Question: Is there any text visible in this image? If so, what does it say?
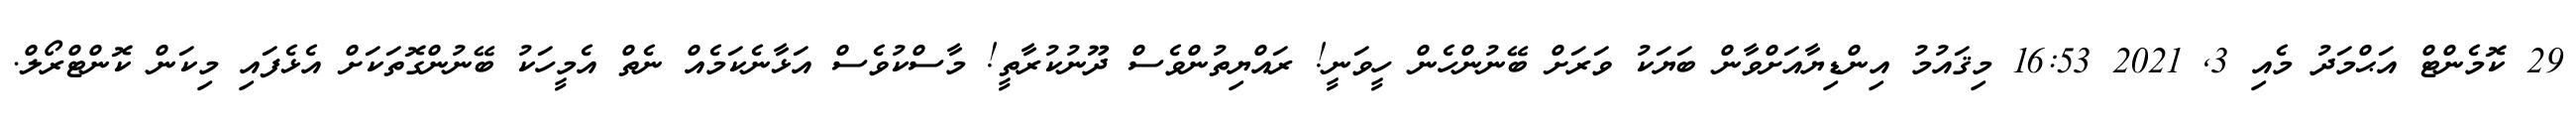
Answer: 29 ކޮމެންޓް އަޙްމަދު މެއި 3, 2021 16:53 މިޤައުމު އިންޑިޔާއަށްވާން ބަޔަކު ވަރަށް ބޭނުންހެން ހީވަނީ! ރައްޔިތުންވެސް ދޫނުކުރާތީ! މާސްކުވެސް އަޅާނެކަމެއް ނެތް އެމީހަކު ބޭނުންގޮތަކަށް އެޅެފައި މިކަން ކޮންޓްރޯލް.